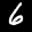
Label: 6